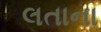
લતાના